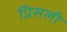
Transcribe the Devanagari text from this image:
प्रिसली